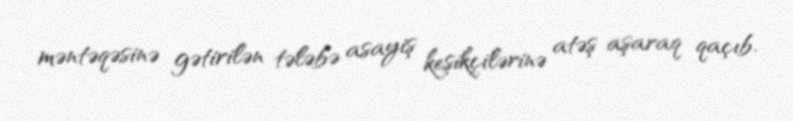
məntəqəsinə gətirilən tələbə asayiş keşikçilərinə atəş aşaraq qaçıb.